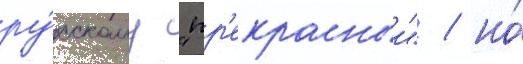
ру́сскому "пр'екрасныи" / но́